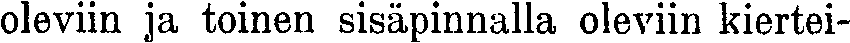
oleviin ja toinen sisäpinnalla oleviin kiertei-